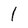
Character: l